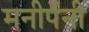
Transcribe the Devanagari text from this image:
मनीपॅनी